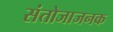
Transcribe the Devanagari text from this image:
संतोजाजनक